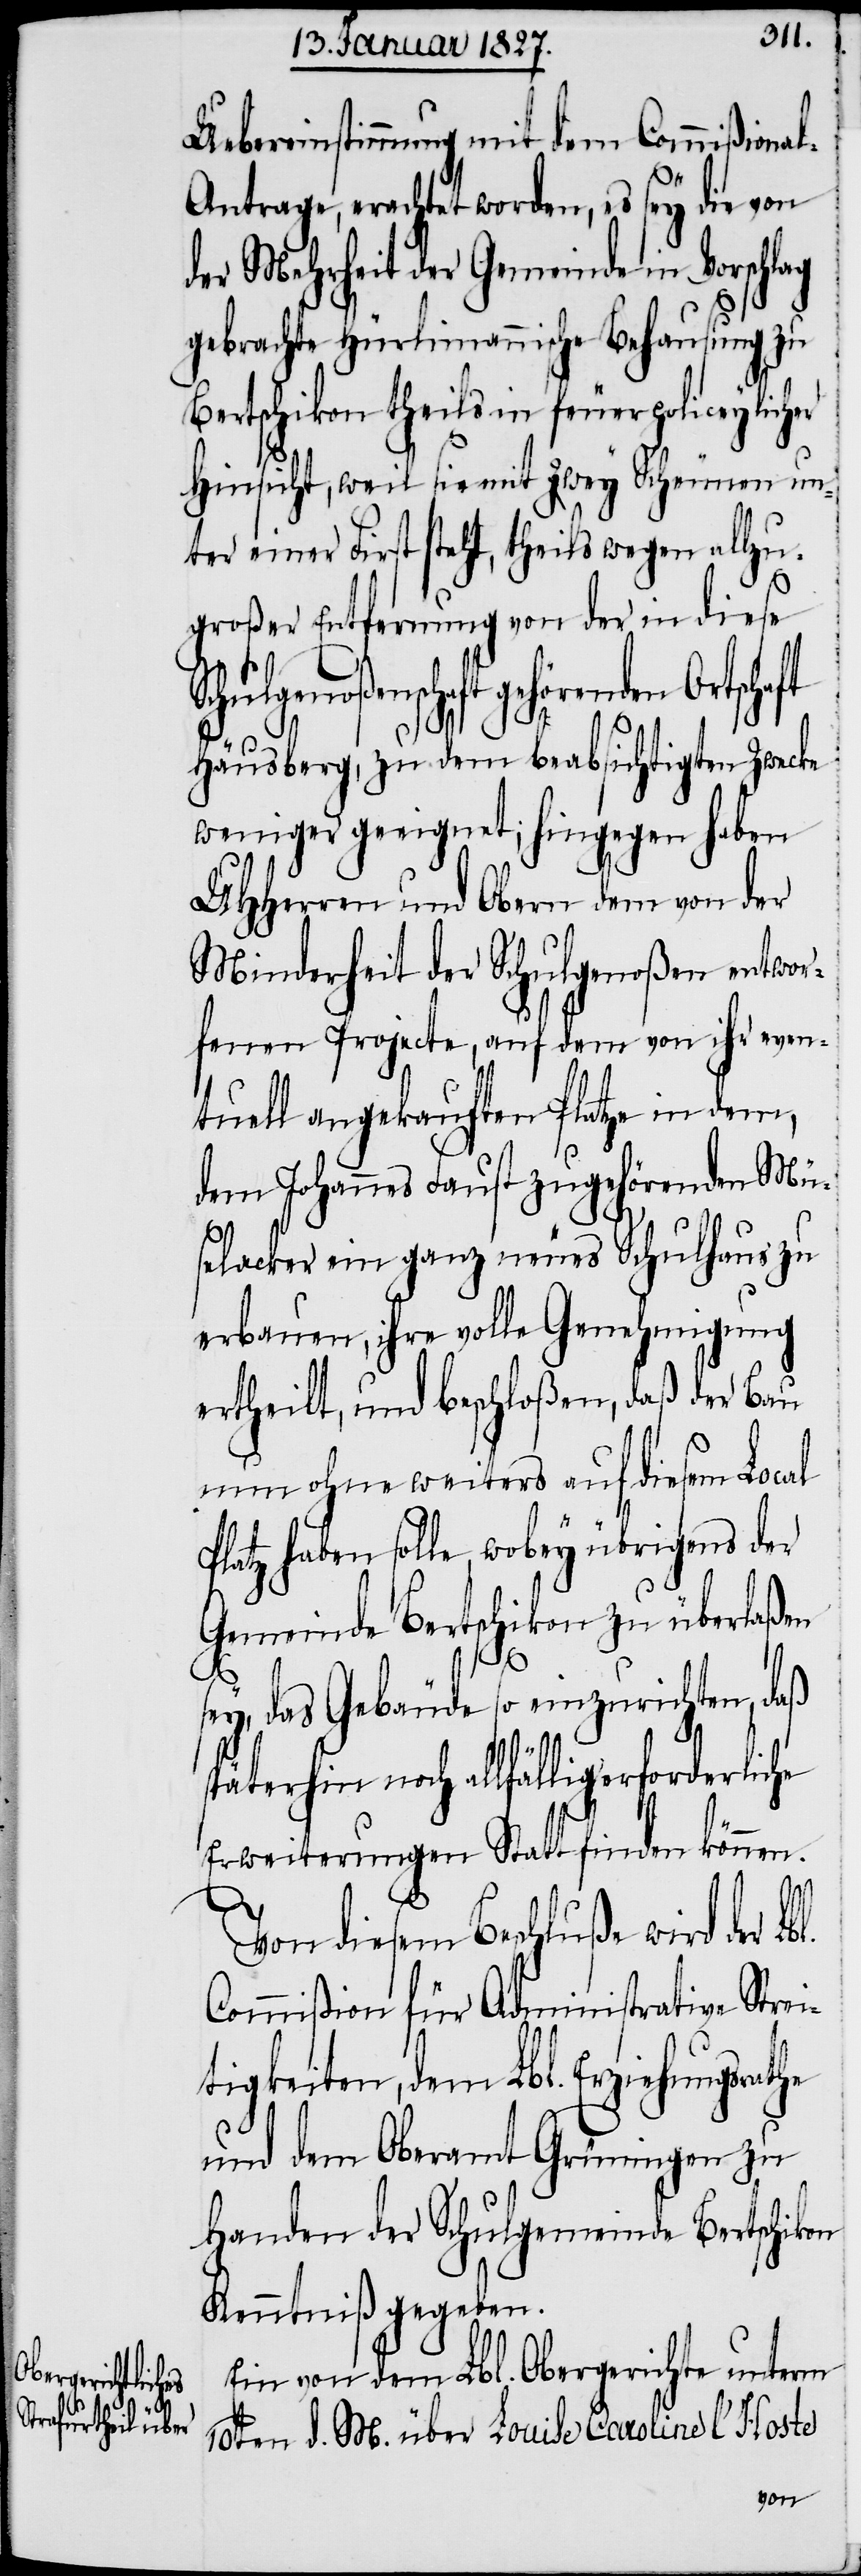
erliche

Uebereinstimmung mit dem Commißiona¬
l-Antrage, erachtet worden, es sey die von
der Mehrheit der Gemeinde in Vorschlag
S¬
gebrachte Hürlimannsche Behausung zu
Bertschikon theils in feuerpoliceylicher
Hinsicht, weil sie mit zwey Scheunen un¬
ter einer First steht, theils wegen allzu
großer Entfernung von der in diese
chulgenoßenschaft gehörenden Ortschaft
bl.
Häusberg, zu dem beabsichtigten Zwecke
weniger geeignet; hingegen haben
UHHerren und Obern dem von der
Minderheit der Schulgenoßen entwor¬
fenen Projecte, auf dem von ihr even¬
tuell angekauften Platze in dem,
dem Johannes Faust zugehörenden Mü¬
selacker ein ganz neues Schulhaus zu
erbauen, ihre volle Genehmigung
ertheilt, und beschloßen, daß der Bau
nun ohne weiters auf diesem Local
Platz haben solle, wobey übrigens der
Gemeinde Bertschikon zu überlaßen
sey, das Gebäude so einzurichten, daß
späterhin noch allfällig erford¬
Erweiterungen Statt finden können.
Von diesem Beschluße wird der L¬
Commißion für Administrative Strei¬
tigkeiten, dem Lbl. Erziehungsrathe
und dem Oberamt Grüningen zu
Handen der Schulgemeinde Bertschikon
Kenntniß gegeben.
Ein von dem Lbl. Obergerichte unterm
10ten d. M. über Louise Caroline l’Hoste